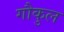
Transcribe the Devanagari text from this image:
गौकुल